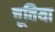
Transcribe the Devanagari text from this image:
चूतिया